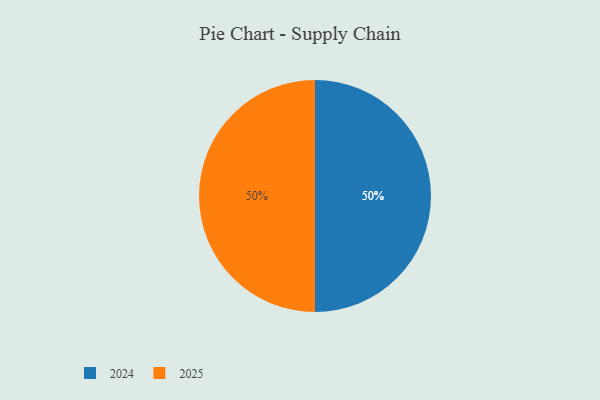
{"axis": {"x": "Category", "y": "Percentage"}, "legend": ["2024", "2025"], "data": [{"x": "2024", "y": 50, "type": "2024"}, {"x": "2025", "y": 50, "type": "2025"}]}